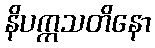
နိပက္ကသတိနော